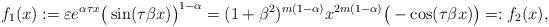
LaTeX: \begin{align*} f_1(x):= \varepsilon e^{\alpha \tau x} \big(\sin (\tau \beta x) \big)^{1 - \alpha} = (1 + \beta^2)^{m (1 - \alpha)} x^{2 m (1 - \alpha)} \big(- \cos (\tau \beta x)\big) =:f_2(x), \end{align*}